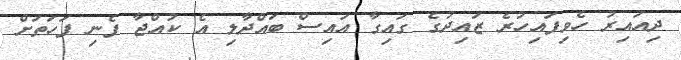
ދިއަައިރު ހެވިފައިހުރެ ޒައިދުގެ ގައިގާ އައިސް ބައްދާލި އެ ކުއްޖާ ފެނި ފަހަތަށް